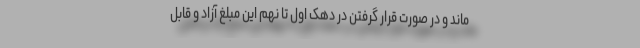
ماند و در صورت قرار گرفتن در دهک اول تا نهم این مبلغ آزاد و قابل